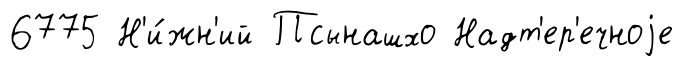
6775 Н'и́жн'ий Псынашхо Надт'ер'ечноjе